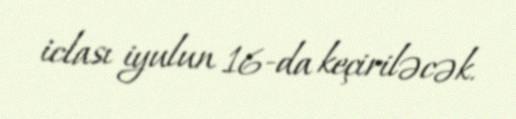
iclası iyulun 16-da keçiriləcək.